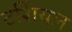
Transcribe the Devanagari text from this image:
टर्शियल